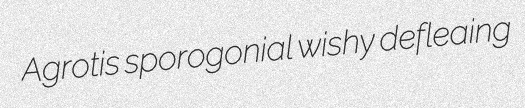
Agrotis sporogonial wishy defleaing